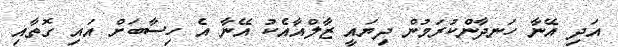
އަދި އޭނާ ހަނދާންކުރަމުން ދިޔައީ ޒާލްއާއެކު އޭނާ އެ ހިސާބަށް އައި ގޮތާއި